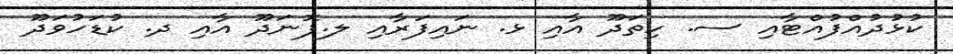
ކުޅުދުއްފުއްޓާއި ސ. ހިތަދޫ އާއި ޅ. ނައިފަރާއި ލ.ފޮނަދޫ އާއި ދ. ކުޑަހުވަދޫ